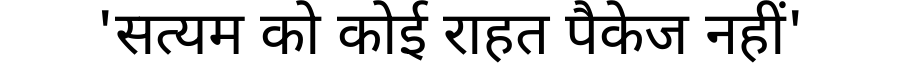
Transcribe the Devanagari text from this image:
'सत्यम को कोई राहत पैकेज नहीं'